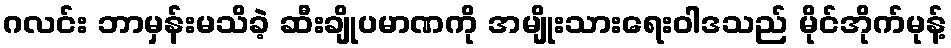
ဂလင်း ဘာမှန်းမသိခဲ့ ဆီးချိုပမာဏကို အမျိုးသားရေးဝါဒသည် မိုင်အိုက်မုန့်